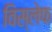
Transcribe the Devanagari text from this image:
विस्लेफ